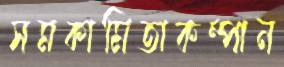
সমকামিতাকম্পান